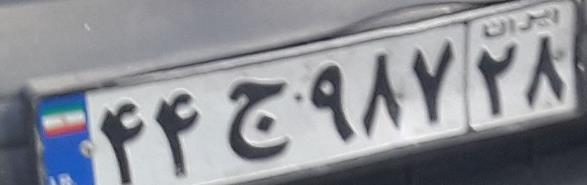
۴۴ج۹۸۷۲۸